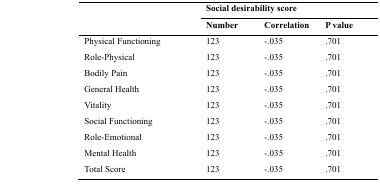
<table><thead><tr><td></td><td colspan="3"><b>Social desirability score</b></td></tr><tr><td></td><td><b>Number</b></td><td><b>Correlation</b></td><td><b>P value</b></td></tr></thead><tbody><tr><td>Physical Functioning</td><td>123</td><td>-.035</td><td>.701</td></tr><tr><td>Role-Physical</td><td>123</td><td>-.035</td><td>.701</td></tr><tr><td>Bodily Pain</td><td>123</td><td>-.035</td><td>.701</td></tr><tr><td>General Health</td><td>123</td><td>-.035</td><td>.701</td></tr><tr><td>Vitality</td><td>123</td><td>-.035</td><td>.701</td></tr><tr><td>Social Functioning</td><td>123</td><td>-.035</td><td>.701</td></tr><tr><td>Role-Emotional</td><td>123</td><td>-.035</td><td>.701</td></tr><tr><td>Mental Health</td><td>123</td><td>-.035</td><td>.701</td></tr><tr><td>Total Score</td><td>123</td><td>-.035</td><td>.701</td></tr></tbody></table>